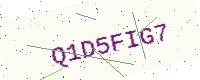
Text: Q1D5FIG7